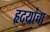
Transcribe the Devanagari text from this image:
हृदयांचा